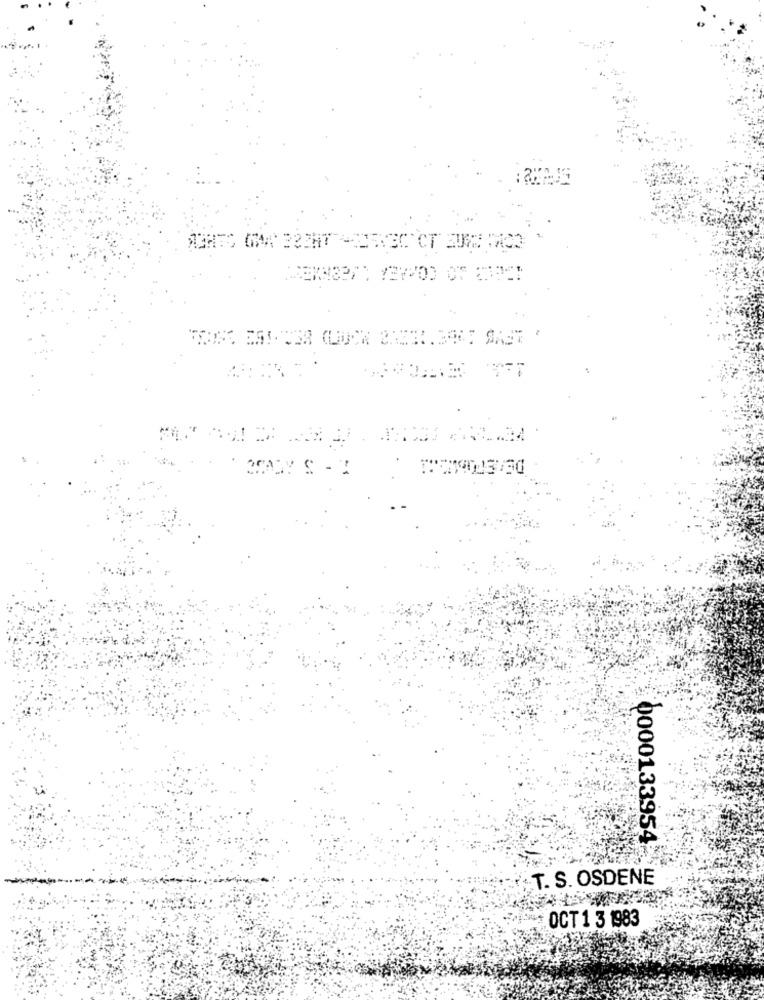
ACHES GW# 222HT
0000133954
T. S. OSDENE
OCT 1 3 1983